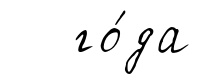
го́да